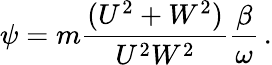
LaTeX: \psi=m\frac{(U^{2}+W^{2})}{U^{2}W^{2}}\frac{\beta}{\omega}\, .